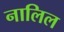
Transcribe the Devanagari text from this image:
नालिल